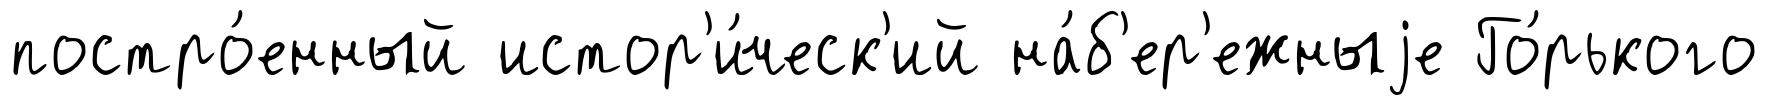
постро́енный истор'и́ческ'ий на́б'ер'ежныjе Го́рького